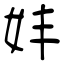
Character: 妦